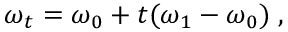
\omega _ { t } = \omega _ { 0 } + t ( \omega _ { 1 } - \omega _ { 0 } ) \; ,